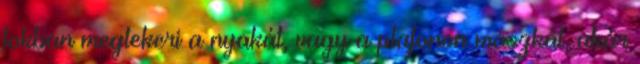
fokban megtekeri a nyakát, vagy a plafonon mászkál, akár